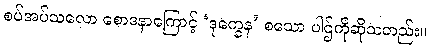
စပ်အပ်သလော စောဒနာကြောင့် ‘ဒုက္ခေန’ စသော ပါဌ်ကိုဆိုသတည်း။